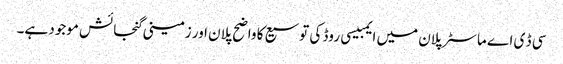
سی ڈ ی اے ماسٹر پلان میں ایمبیسی روڈ کی توسیع کا واضح پلان اور زمینی گنجائش موجود ہے۔